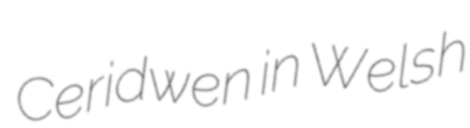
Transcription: Ceridwen in Welsh